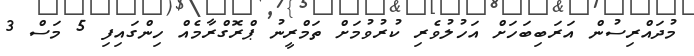
މުދައްރިސުން އަރަބިބަހަށް އަހުލުވެރި ކުރުވުމަށް ތަމްރީނު ޕްރޮގްރާމެއް ހިންގައިިފި 5 މަސް 3